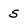
Character: 5